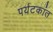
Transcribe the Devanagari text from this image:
पर्यटकांत